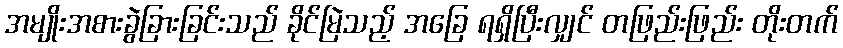
အမျိုးအစားခွဲခြားခြင်းသည် ခိုင်မြဲသည့် အခြေ ရရှိပြီးလျှင် တဖြည်းဖြည်း တိုးတက်